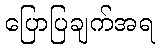
ပြောပြချက်အရ